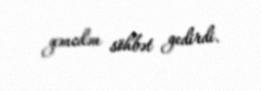
gəncdən söhbət gedirdi.